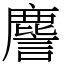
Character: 䴦